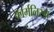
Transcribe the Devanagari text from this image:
फार्मलिस्म